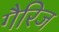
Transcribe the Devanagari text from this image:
गैरिज